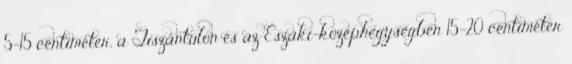
5-15 centiméter, a Tiszántúlon és az Északi-középhegységben 15-20 centiméter